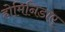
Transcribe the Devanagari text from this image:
होमिनिडाए